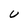
Character: U